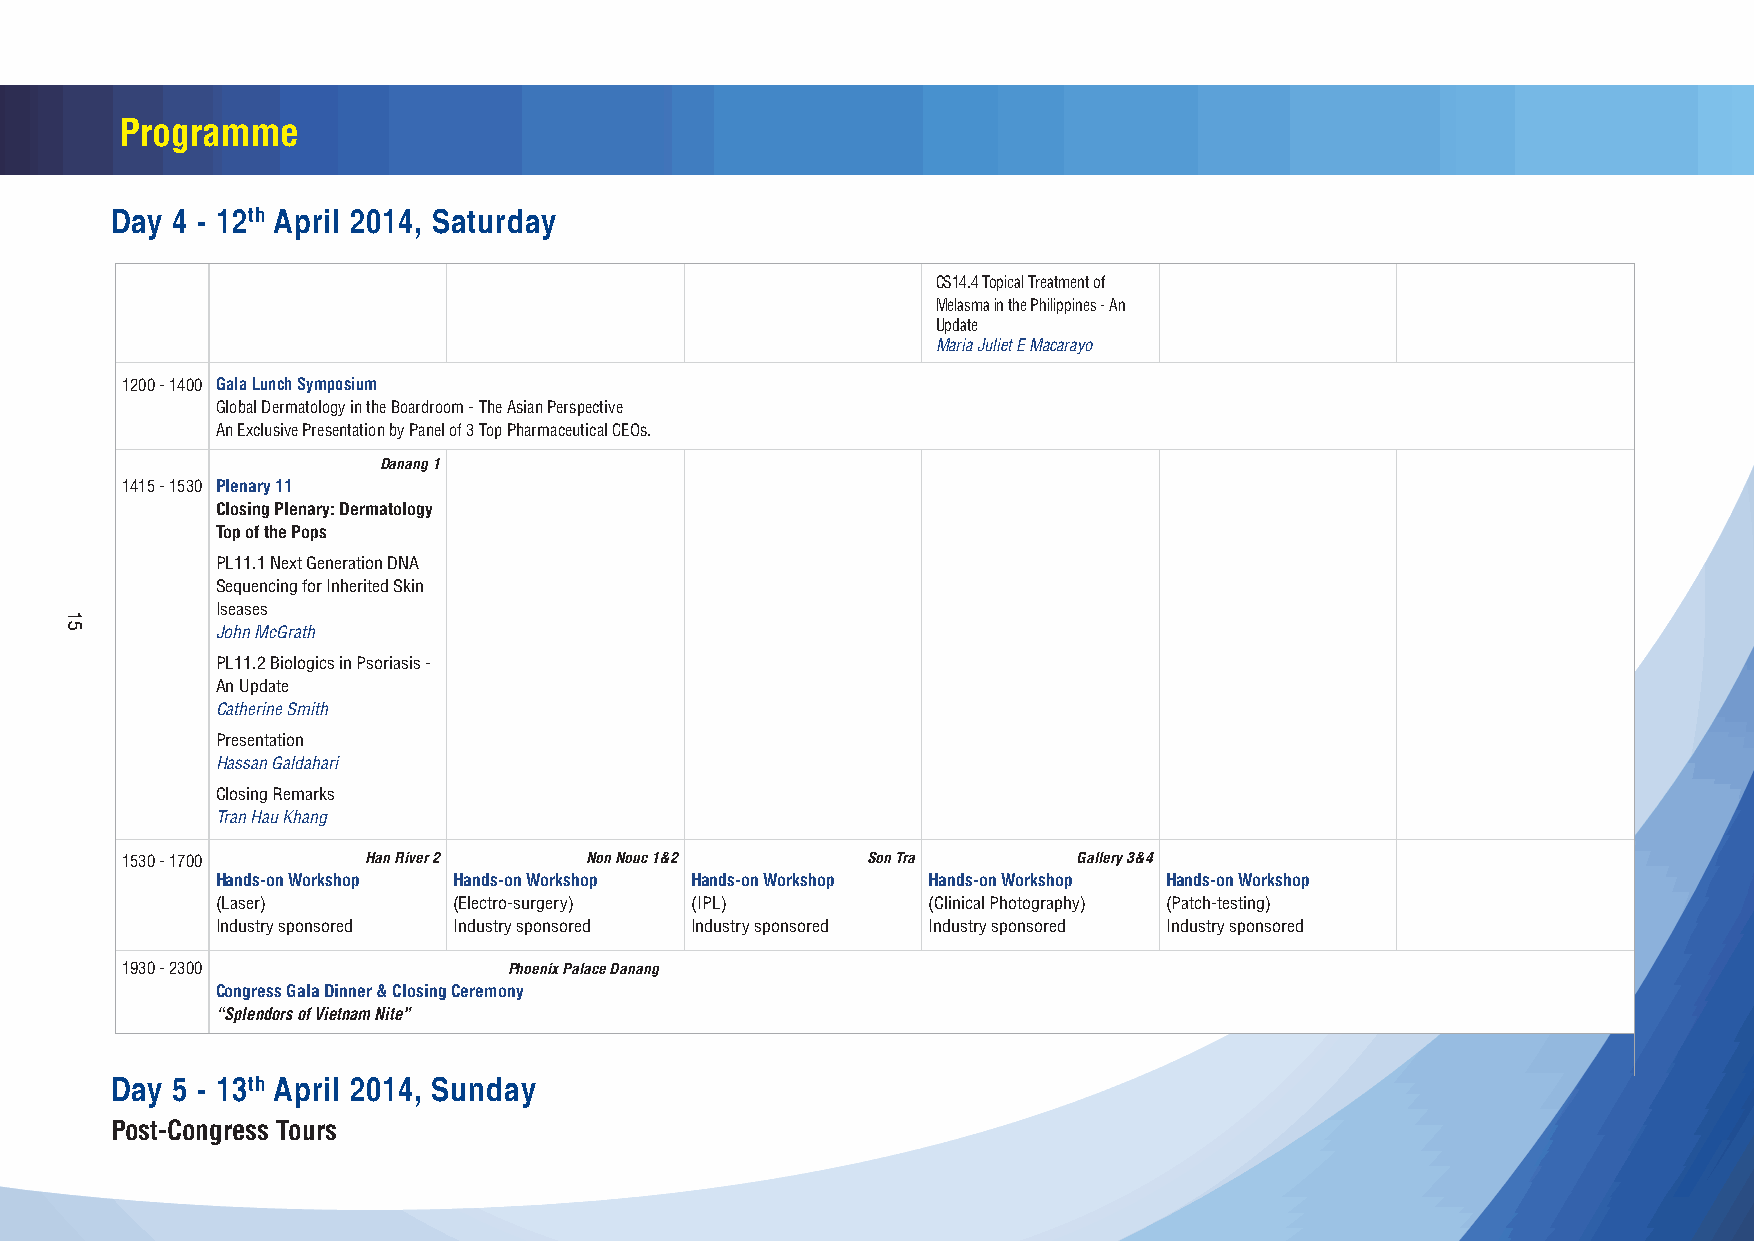
Danang 3
 Plenary Session 10
 PL10.1 Dermatologic Hotspots
 Jonathan White
 PL10.2 TBC
 Marcus Maurer
 PL10.3 Hair Dye Fragrance and
 Preservatives - Allergy and
 Regulatory / Safety Aspects
 John McFadden
 Danang 3
 Concurrent Symposium 13
 Dermatology in Travel Medicine and
 Heath Tourism - Sharing Experiences
 from ASEAN and Beyond
 CS13.1 Cutaneous tuberculosis &
 mycetoma in India
 M Ramam
 CS13.2 Clinician- Pathologist
 Partnership - Benchmark for Good
 Practice for Dermatologic Diagnosis
 and Management
 Nopadon Noppakun
 CS13.3 Body Dysmorphic Disorder
 Jacek C Sczepietowski
 Programme
 Day 4 - 12th April 2014, Saturday
 CS14.4 Topical Treatment of
 Melasma in the Philippines - An
 Update
 Maria Juliet E Macarayo
 1200 - 1400 Gala Lunch Symposium
 Global Dermatology in the Boardroom - The Asian Perspective
 An Exclusive Presentation by Panel of 3 Top Pharmaceutical CEOs.
 Danang 1
 1415 - 1530 Plenary 11
 Closing Plenary: Dermatology
 Top of the Pops
 PL11.1 Next Generation DNA
 Sequencing for Inherited Skin
 Iseases
 John McGrath
 PL11.2 Biologics in Psoriasis -
 An Update
 Catherine Smith
 Presentation
 Hassan Galdahari
 Closing Remarks
 Tran Hau Khang
 1530 - 1700     Han River 2    Non Nouc 1&2      Son Tra       Gallery 3&4
 Hands-on Workshop Hands-on Workshop Hands-on Workshop Hands-on Workshop Hands-on Workshop
 (Laser)         (Electro-surgery) (IPL)        (Clinical Photography) (Patch-testing)
 Industry sponsored Industry sponsored Industry sponsored Industry sponsored Industry sponsored
 1930 - 2300               Phoenix Palace Danang
 Congress Gala Dinner & Closing Ceremony
 “Splendors of Vietnam Nite”
 Day 5 - 13th April 2014, Sunday
 Post-Congress Tours
 15